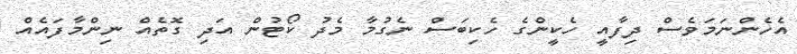
އެހެންނަމަވެސް ދިފާއީ ހެކީންގެ ހެކިބަސް ނެގުމާ މެދު ކޯޓުން އަދި ގޮތެއް ނިންމާފައެއް